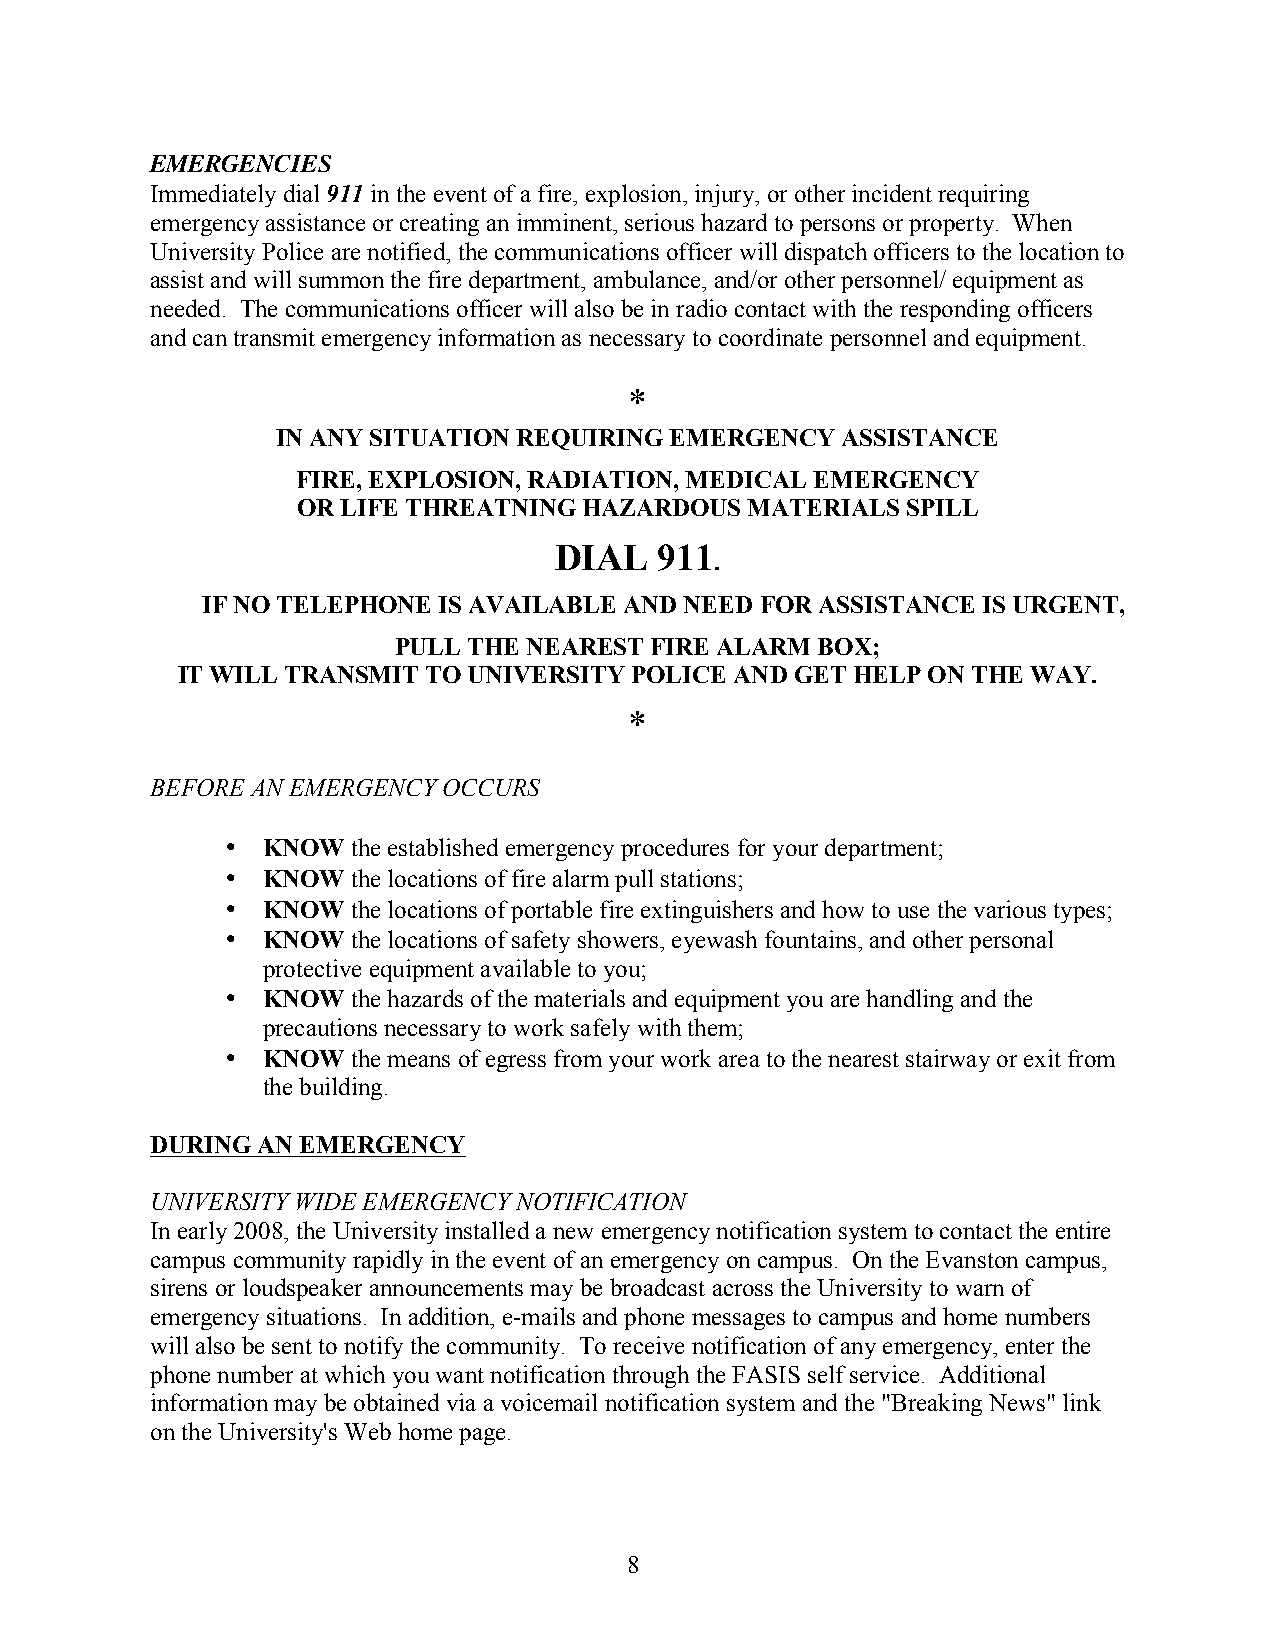
EMERGENCIES
 Immediately dial 911 in the event of a fire, explosion, injury, or other incident requiring
 emergency assistance or creating an imminent, serious hazard to persons or property. When
 University Police are notified, the communications officer will dispatch officers to the location to
 assist and will summon the fire department, ambulance, and/or other personnel/ equipment as
 needed. The communications officer will also be in radio contact with the responding officers
 and can transmit emergency information as necessary to coordinate personnel and equipment.
 *
 IN ANY SITUATION REQUIRING EMERGENCY  ASSISTANCE
 FIRE, EXPLOSION, RADIATION, MEDICAL EMERGENCY
 OR LIFE THREATNING HAZARDOUS  MATERIALS SPILL
 DIAL   911
 .
 IF NO TELEPHONE IS AVAILABLE AND NEED FOR ASSISTANCE IS URGENT,
 PULL THE NEAREST FIRE ALARM BOX;
 IT WILL TRANSMIT TO UNIVERSITY POLICE AND GET HELP ON THE WAY.
 *
 BEFORE AN EMERGENCY OCCURS
 • KNOW  the established emergency procedures for your department;
 • KNOW  the locations of fire alarm pull stations;
 • KNOW  the locations of portable fire extinguishers and how to use the various types;
 • KNOW  the locations of safety showers, eyewash fountains, and other personal
 protective equipment available to you;
 • KNOW  the hazards of the materials and equipment you are handling and the
 precautions necessary to work safely with them;
 • KNOW  the means of egress from your work area to the nearest stairway or exit from
 the building.
 DURING AN EMERGENCY
 UNIVERSITY WIDE EMERGENCY NOTIFICATION
 In early 2008, the University installed a new emergency notification system to contact the entire
 campus community rapidly in the event of an emergency on campus. On the Evanston campus,
 sirens or loudspeaker announcements may be broadcast across the University to warn of
 emergency situations. In addition, e-mails and phone messages to campus and home numbers
 will also be sent to notify the community. To receive notification of any emergency, enter the
 phone number at which you want notification through the FASIS self service. Additional
 information may be obtained via a voicemail notification system and the "Breaking News" link
 on the University's Web home page.
 8